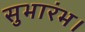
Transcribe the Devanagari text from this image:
सुभारंभ।